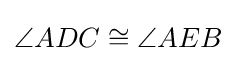
\angle ADC\cong \angle AEB